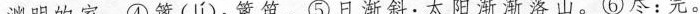
渊明的家。④篱 (lí)：篱笆。⑤日渐斜：太阳渐渐落山。⑥尽：完。